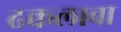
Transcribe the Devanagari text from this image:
ढकलावा